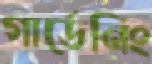
গার্ডেনিং